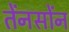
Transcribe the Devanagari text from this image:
तेंनसोंन